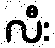
လီး